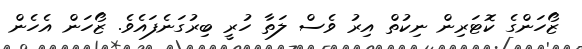
ޒޯހަންގެ ކޮޓަރިން ނިކުތް އިރު ވެސް ލަތާ ހުރީ ބިރުގަނެފައެވެ. ޒޯހަން އެހެން